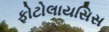
ફોટોલાયસિસ